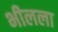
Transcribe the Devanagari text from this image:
भीलला